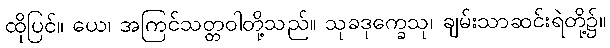
ထိုပြင်။ ယေ၊ အကြင်သတ္တဝါတို့သည်။ သုခဒုက္ခေသု၊ ချမ်းသာဆင်းရဲတို့၌။